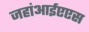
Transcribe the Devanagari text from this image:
जहांआईएएस